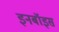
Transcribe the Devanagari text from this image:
इनबॉइस